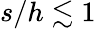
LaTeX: s/h\lesssim 1